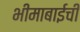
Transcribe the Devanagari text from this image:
भीमाबाईची